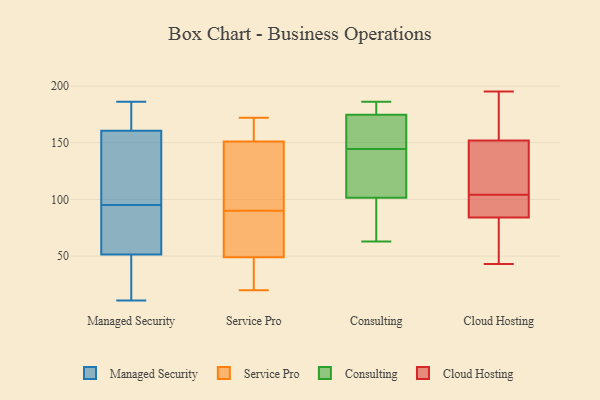
{"axis": {"x": "Energy Usage (MWh)", "y": "Value"}, "legend": ["Cloud Hosting", "Consulting", "Managed Security", "Service Pro"], "data": [{"x": "", "y": 69, "type": "Managed Security"}, {"x": "", "y": 98, "type": "Managed Security"}, {"x": "", "y": 151, "type": "Managed Security"}, {"x": "", "y": 46, "type": "Managed Security"}, {"x": "", "y": 69, "type": "Managed Security"}, {"x": "", "y": 11, "type": "Managed Security"}, {"x": "", "y": 115, "type": "Managed Security"}, {"x": "", "y": 175, "type": "Managed Security"}, {"x": "", "y": 161, "type": "Managed Security"}, {"x": "", "y": 52, "type": "Managed Security"}, {"x": "", "y": 186, "type": "Managed Security"}, {"x": "", "y": 185, "type": "Managed Security"}, {"x": "", "y": 160, "type": "Managed Security"}, {"x": "", "y": 51, "type": "Managed Security"}, {"x": "", "y": 34, "type": "Managed Security"}, {"x": "", "y": 92, "type": "Managed Security"}, {"x": "", "y": 130, "type": "Service Pro"}, {"x": "", "y": 103, "type": "Service Pro"}, {"x": "", "y": 49, "type": "Service Pro"}, {"x": "", "y": 151, "type": "Service Pro"}, {"x": "", "y": 155, "type": "Service Pro"}, {"x": "", "y": 172, "type": "Service Pro"}, {"x": "", "y": 20, "type": "Service Pro"}, {"x": "", "y": 72, "type": "Service Pro"}, {"x": "", "y": 77, "type": "Service Pro"}, {"x": "", "y": 39, "type": "Service Pro"}, {"x": "", "y": 93, "type": "Consulting"}, {"x": "", "y": 63, "type": "Consulting"}, {"x": "", "y": 178, "type": "Consulting"}, {"x": "", "y": 141, "type": "Consulting"}, {"x": "", "y": 77, "type": "Consulting"}, {"x": "", "y": 167, "type": "Consulting"}, {"x": "", "y": 171, "type": "Consulting"}, {"x": "", "y": 135, "type": "Consulting"}, {"x": "", "y": 156, "type": "Consulting"}, {"x": "", "y": 82, "type": "Consulting"}, {"x": "", "y": 186, "type": "Consulting"}, {"x": "", "y": 183, "type": "Consulting"}, {"x": "", "y": 184, "type": "Consulting"}, {"x": "", "y": 148, "type": "Consulting"}, {"x": "", "y": 127, "type": "Consulting"}, {"x": "", "y": 110, "type": "Consulting"}, {"x": "", "y": 104, "type": "Cloud Hosting"}, {"x": "", "y": 97, "type": "Cloud Hosting"}, {"x": "", "y": 104, "type": "Cloud Hosting"}, {"x": "", "y": 175, "type": "Cloud Hosting"}, {"x": "", "y": 43, "type": "Cloud Hosting"}, {"x": "", "y": 169, "type": "Cloud Hosting"}, {"x": "", "y": 195, "type": "Cloud Hosting"}, {"x": "", "y": 97, "type": "Cloud Hosting"}, {"x": "", "y": 152, "type": "Cloud Hosting"}, {"x": "", "y": 140, "type": "Cloud Hosting"}, {"x": "", "y": 84, "type": "Cloud Hosting"}, {"x": "", "y": 60, "type": "Cloud Hosting"}, {"x": "", "y": 143, "type": "Cloud Hosting"}, {"x": "", "y": 74, "type": "Cloud Hosting"}]}